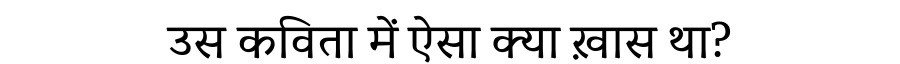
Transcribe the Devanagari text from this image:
उस कविता में ऐसा क्या ख़ास था?